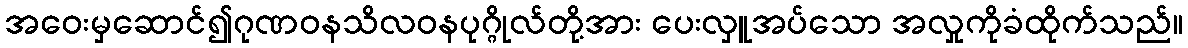
အဝေးမှဆောင်၍ဂုဏဝနသိလဝနပုဂ္ဂိုလ်တို့အား ပေးလှူအပ်သော အလှုကိုခံထိုက်သည်။